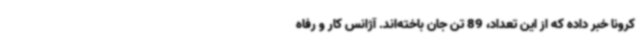
کرونا خبر داده که از این تعداد، 89 تن جان باخته‌اند. آژانس کار و رفاه